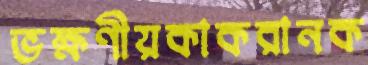
ভক্ষণীয়কাকরানক